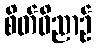
စိတ်ဝိညာဉ်